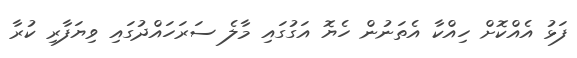
ފަޅު އެއްކޮށް ހިއްކާ އެތަނުން ހެޔޮ އަގުގައި މާލެ ސަރަހައްދުގައި ވިޔަފާރި ކުރާ